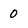
Character: 0